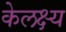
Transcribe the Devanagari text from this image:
केलक्ष्य